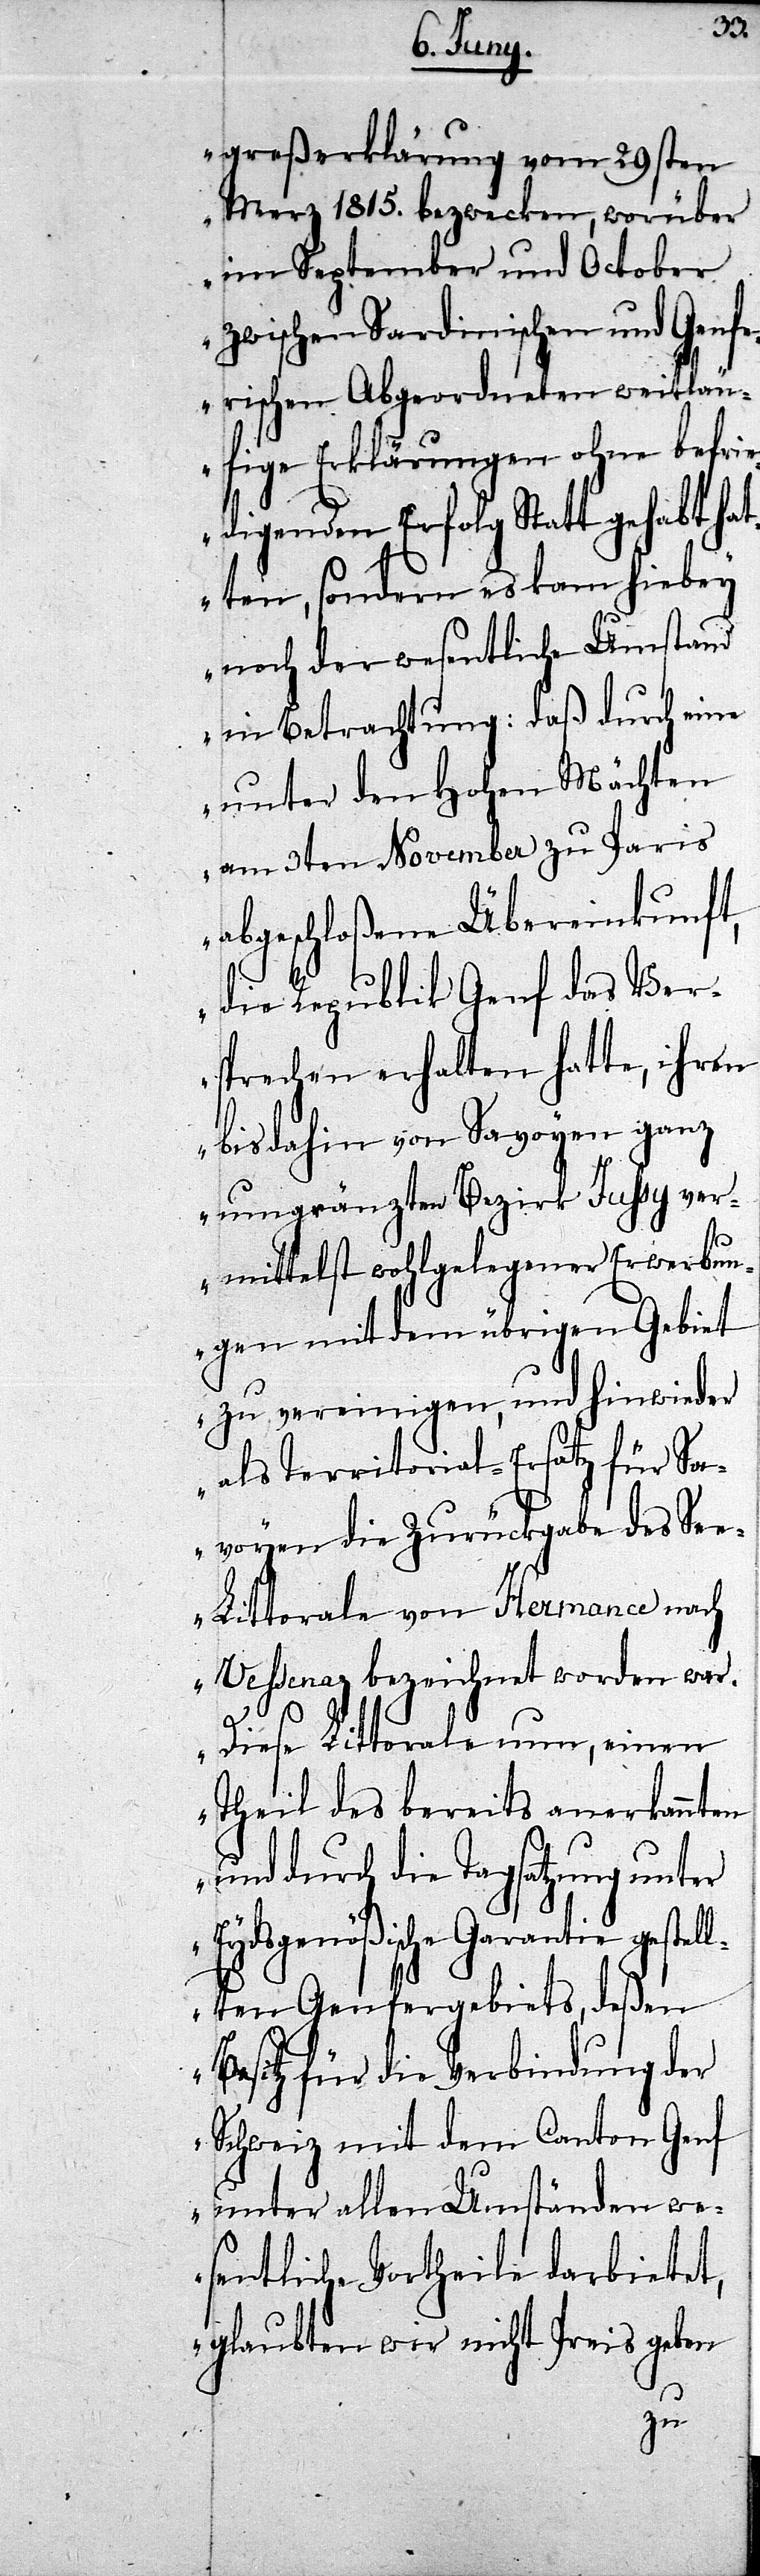
greßerklärung vom 29sten
Merz 1815. bezwecken, worüber
im September und October
zwischen Sardinischen und Genf¬
erischen Abgeordneten weitläu¬
fige Erklärungen ohne befri¬
edigenden Erfolg Statt gehabt hat¬
ten, sondern es kam hiebey
noch der wesentliche Umstand
in Betrachtung: daß durch eine
unter den Hohen Mächten
am 3ten November zu Paris
abgeschloßene Übereinkunft,
die Republik Genf das Ver¬
sprechen erhalten hatte, ihren
bis dahin von Savyen ganz
umgränzten Bezirk Jussy ver¬
mittelst wohlgelegener Erwerbun¬
gen mit dem übrigen Gebiet
zu vereinigen, und hinwieder
als Territorial-Ersatz für Sa¬
voyen die Zurückgabe des Se¬
e-Littorale von Hermance nach
Vessenaz bezeichnet worden war.
Diese Littorale nun, einen
Theil des bereits anerkannten
und durch die Tagsatzung unter
Eydsgnößische Garantie gest¬
ellten Genfergebiets, deßen
Besitz für die Verbindung der
Schweiz mit dem Canton Genf
unter allen Umständen we¬
sentliche Vortheile darbietet,
glaubten wir nicht Preis geben